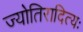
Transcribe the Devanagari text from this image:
ज्योतिरादित्यः